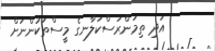
އަދި ތިމަންރަސްކަލާނގެ މީސްތަކުންނަށް